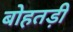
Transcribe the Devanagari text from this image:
बोहतड़ी